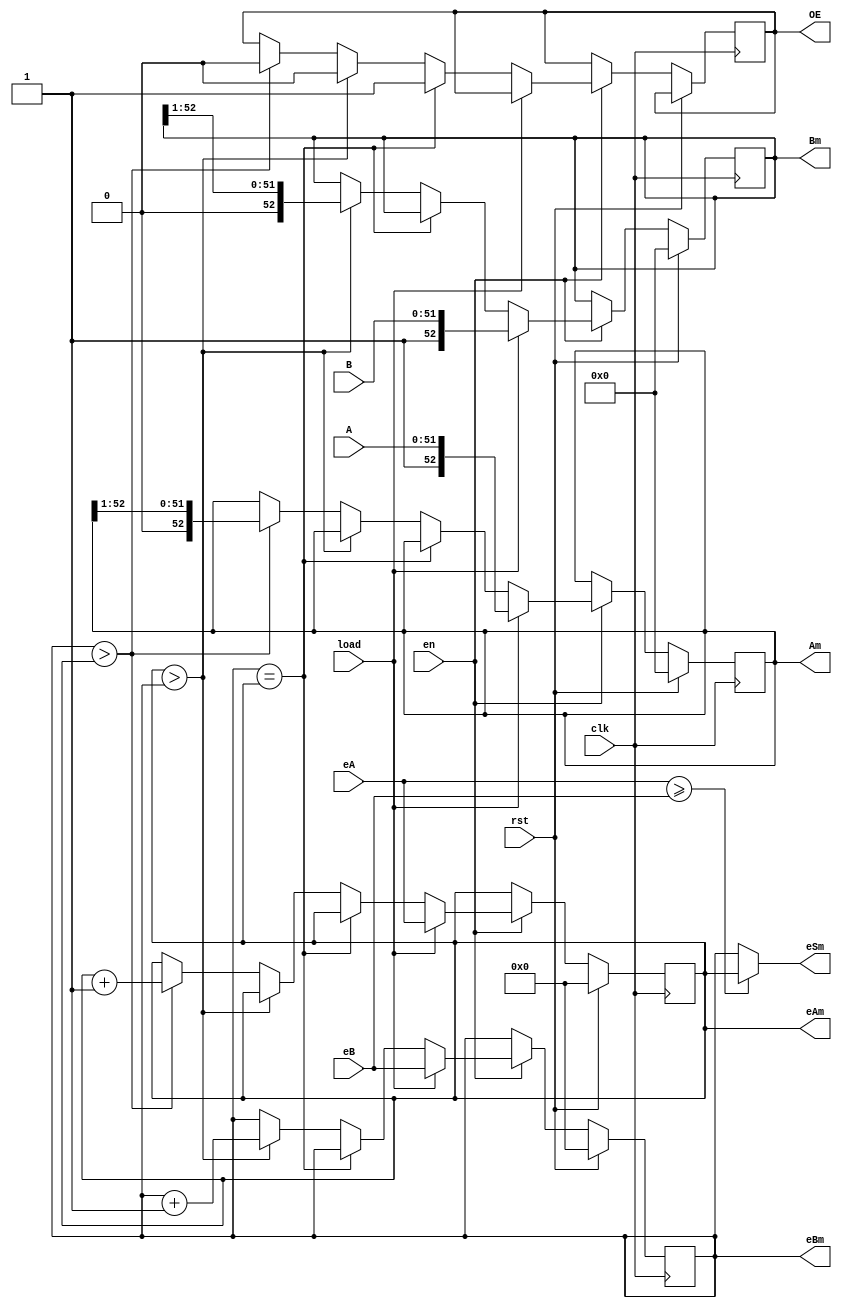
module Normalise64 (input wire clk,input wire en,input wire rst,input wire load, input wire [51:0] A, input wire [51:0] B, input wire[10:0] eA, 
input wire[10:0] eB, output wire [52:0] Am, output wire [52:0] Bm, 
output wire [10:0] eAm, output wire [10:0] eBm, output wire [10:0] eSm, output wire OE);

reg [52:0] Ai;
reg [52:0] Bi;
reg [10:0] eAi;
reg [10:0] eBi;
reg OEi;

always@(posedge clk)
begin
	if(rst) begin
		Ai <= 53'b0;
		Bi <= 53'b0;
		eAi <= 53'b0;
		eBi <= 53'b0;
	end
	else if(en) begin
		if(load) begin
			Ai <= {1'b1,A};
			Bi <= {1'b1,B};
			eAi <= eA;
			eBi <= eB;
		end
		else begin                       
				if(eAi>eBi) begin
					eBi <= eBi + 1;
					Bi <= Bi >> 1;
					OEi <= 1'b0;
				end
				else if(eBi>eAi)begin
					eAi <= eAi + 1;
					Ai <= Ai >> 1;
					OEi <= 1'b0;
				end
				if(eBi == eAi) begin
					Bi <= Bi;
					Ai <= Ai;
					eAi <= eAi;
					eBi <= eBi;
					OEi <= 1'b1;
				end
		end
	end
end

assign Am = Ai;
assign Bm = Bi;
assign eAm = eAi;
assign eBm = eBi;
assign eSm = (eA>=eB)?eAi:eBi;
assign OE = OEi;
endmodule